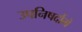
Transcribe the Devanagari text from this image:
उपनिषदौंमे